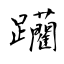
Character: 躪